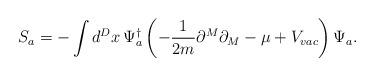
LaTeX: \begin{align*}S_{a}=-\int d^{D}x\,\Psi _{a}^{\dagger }\left( -\frac{1}{2m}\partial^{M}\partial _{M}-\mu +V_{vac}\right) \Psi _{a}.\end{align*}